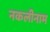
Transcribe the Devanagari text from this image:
नकलीनाम